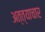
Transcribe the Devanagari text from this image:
अत्त्याचार